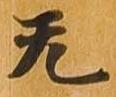
无